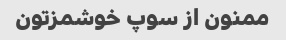
ممنون از سوپ خوشمزتون